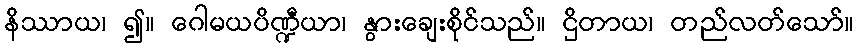
နိဿာယ၊ ၍။ ဂေါမယပိဏ္ဍီယာ၊ နွားချေးစိုင်သည်။ ဌိတာယ၊ တည်လတ်သော်။